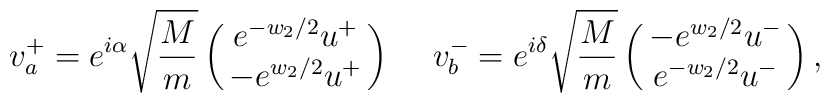
v^{+}_{a}= e^{i\alpha} \sqrt{\frac{ M}{m}}  \pmatrix{  e^{-w_{2}/2} u^{+} \cr  - e^{w_{2}/2} u^{+} } \hspace{0.5cm} v^{-}_{b} = e^{i \delta} \sqrt{\frac{ M}{m}}  \pmatrix{ -  e^{ w_{2}/2} u^{-} \cr  e^{-w_{2}/2} u^{-} },